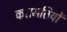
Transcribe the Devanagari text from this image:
करामतियों